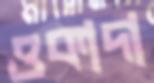
ওকাদা